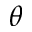
\boldsymbol { \theta }